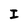
Character: I